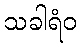
သခါရံဝ